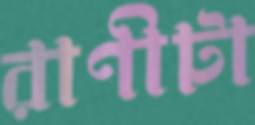
রাণীটা